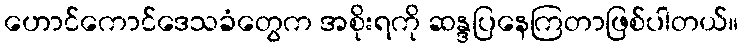
ဟောင်ကောင်ဒေသခံတွေက အစိုးရကို ဆန္ဒပြနေကြတာဖြစ်ပါတယ်။